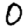
Digit: 0